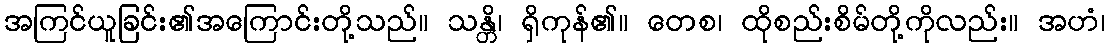
အကြင်ယူခြင်း၏အကြောင်းတို့သည်။ သန္တိ၊ ရှိကုန်၏။ တေစ၊ ထိုစည်းစိမ်တို့ကိုလည်း။ အဟံ၊